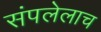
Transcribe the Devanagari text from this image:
संपलेलाच